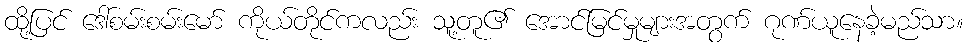
ထို့ပြင် ဒေါ်စမ်းစမ်းမော် ကိုယ်တိုင်ကလည်း သူ့တူ၏ အောင်မြင်မှုများအတွက် ဂုဏ်ယူနေခဲ့မည်သာ။